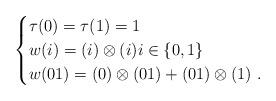
LaTeX: \begin{align*}\begin{cases} \tau (0) = \tau (1) =1\\ w(i) = (i) \otimes (i) i\in \{0,1\}\\ w(01)=(0)\otimes(01)+(01)\otimes (1)\ .\end{cases}\end{align*}